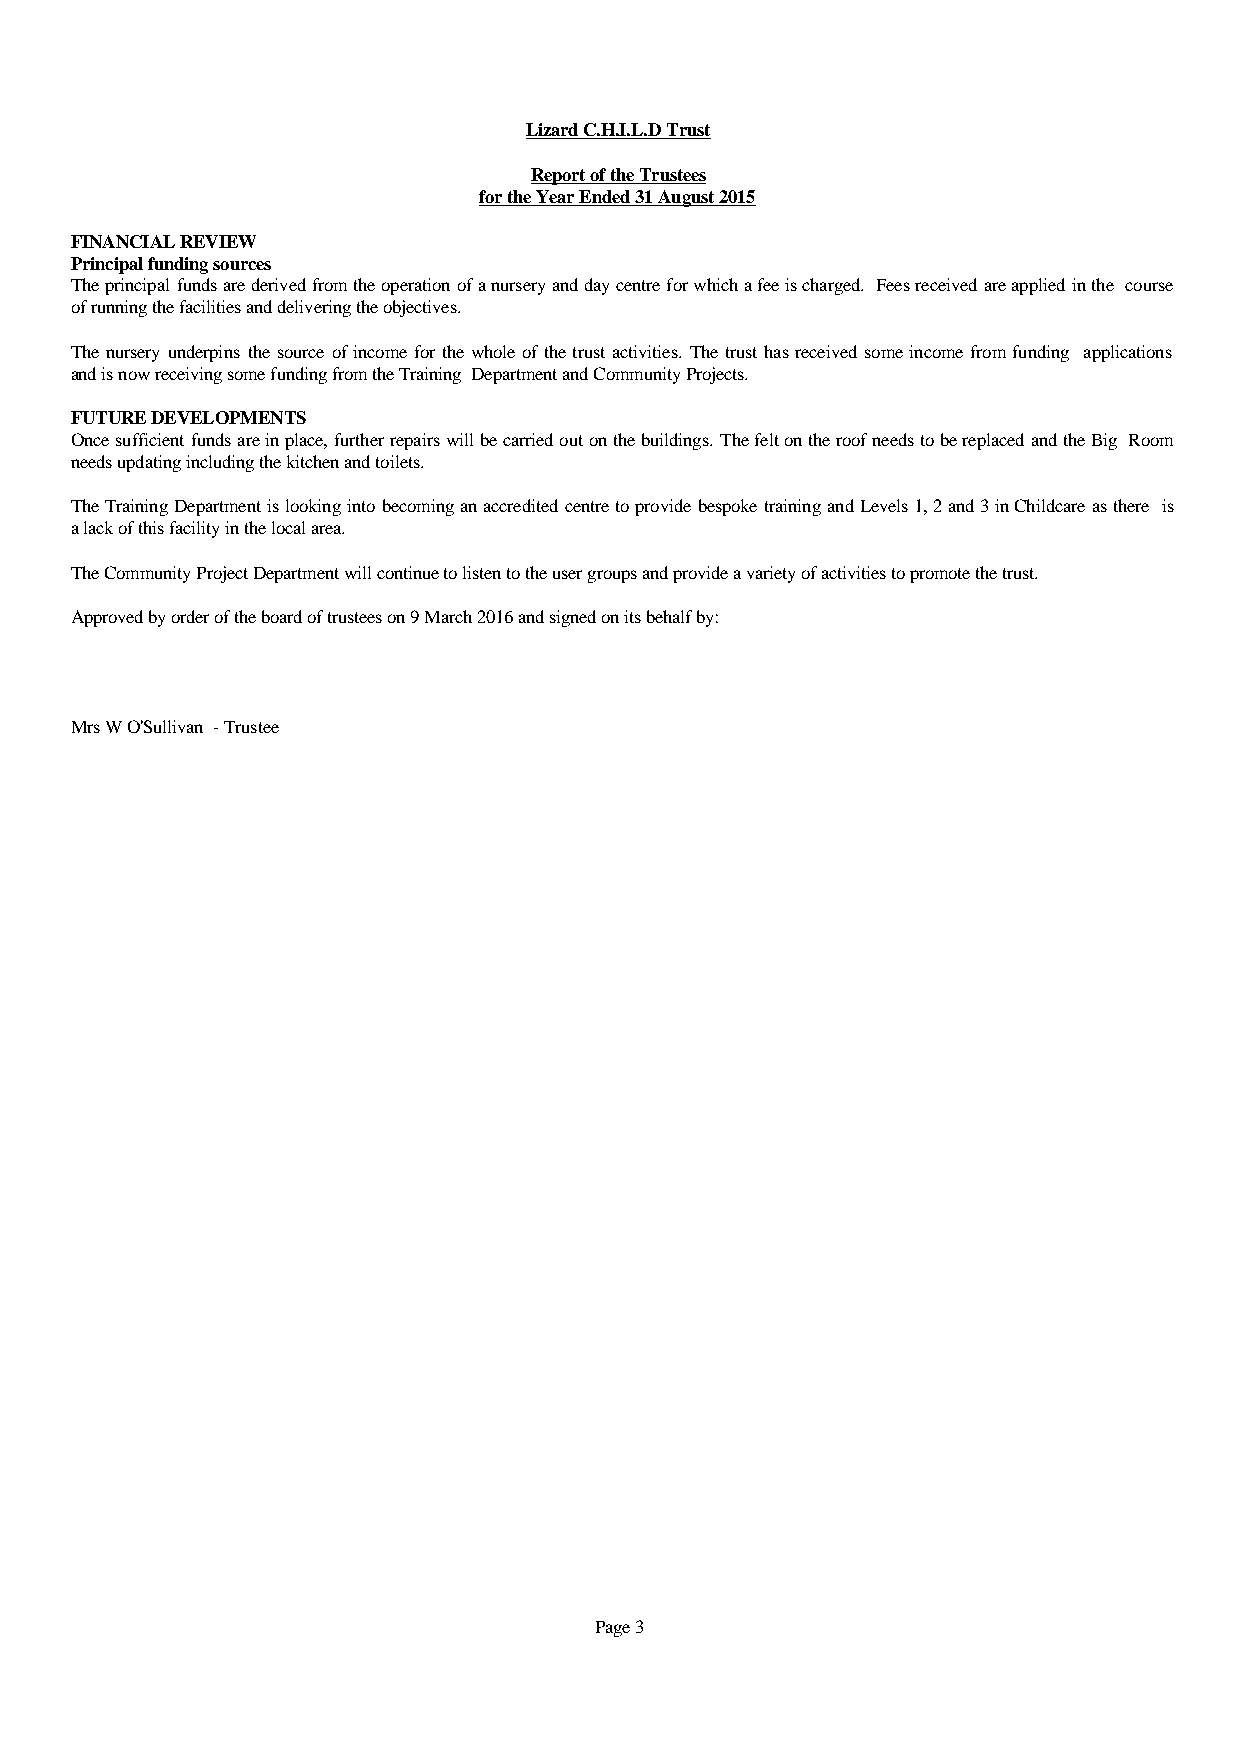
Lizard C.H.I.L.D Trust
 Report of the Trustees
 for the Year Ended 31 August 2015
 FINANCIAL REVIEW
 Principal funding sources
 Theprincipalfundsarederivedfromtheoperationofanurseryanddaycentreforwhichafeeischarged. Feesreceivedareappliedinthe course
 of running the facilities and delivering the objectives.
 Thenurseryunderpins thesourceofincomeforthewholeofthetrustactivities.Thetrusthasreceivedsomeincomefromfunding applications
 and is now receiving some funding from the Training Department and Community Projects.
 FUTURE DEVELOPMENTS
 Oncesufficientfundsareinplace,furtherrepairswillbecarriedoutonthebuildings.ThefeltontheroofneedstobereplacedandtheBig Room
 needs updating including the kitchen and toilets.
 TheTrainingDepartmentislookingintobecominganaccreditedcentretoprovidebespoketrainingandLevels1,2and3inChildcareasthere is
 a lack of this facility in the local area.
 The Community Project Department will continue to listen to the user groups and provide a variety of activities to promote the trust.
 Approved by order of the board of trustees on 9 March 2016 and signed on its behalf by:
 Mrs W O'Sullivan - Trustee
 Page 3